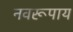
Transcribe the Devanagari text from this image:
नवरूपाय